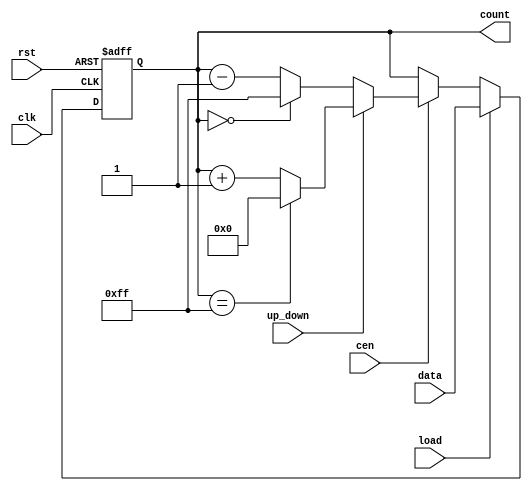
module sync_load_counter #(
    parameter WIDTH = 8,              // Bit width of the counter
    parameter MAX_VALUE = 255,        // Maximum value for wrap-around (for an 8-bit counter)
    parameter MIN_VALUE = 0           // Minimum value for wrap-around
)(
    input wire clk,                   // Clock signal
    input wire rst,                   // Reset signal (active high)
    input wire load,                  // Load signal
    input wire [WIDTH-1:0] data,      // Data input for loading
    input wire cen,                   // Count enable signal
    input wire up_down,               // Control signal for counting direction (1 for up, 0 for down)
    output reg [WIDTH-1:0] count      // Current count output
);

    // Synchronous process for counting
    always @(posedge clk or posedge rst) begin
        if (rst) begin
            count <= MIN_VALUE;         // Reset the counter to MIN_VALUE
        end else if (load) begin
            count <= data;              // Load the data into the counter
        end else if (cen) begin
            if (up_down) begin
                if (count == MAX_VALUE) begin
                    count <= MIN_VALUE; // Wrap around to MIN_VALUE
                end else begin
                    count <= count + 1;  // Increment the counter
                end
            end else begin
                if (count == MIN_VALUE) begin
                    count <= MAX_VALUE; // Wrap around to MAX_VALUE
                end else begin
                    count <= count - 1;  // Decrement the counter
                end
            end
        end
    end

endmodule